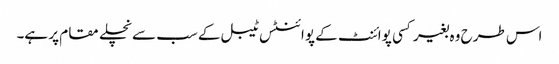
اس طرح وہ بغیر کسی پوائنٹ کے پوائنٹس ٹیبل کے سب سے نچلے مقام پر ہے۔